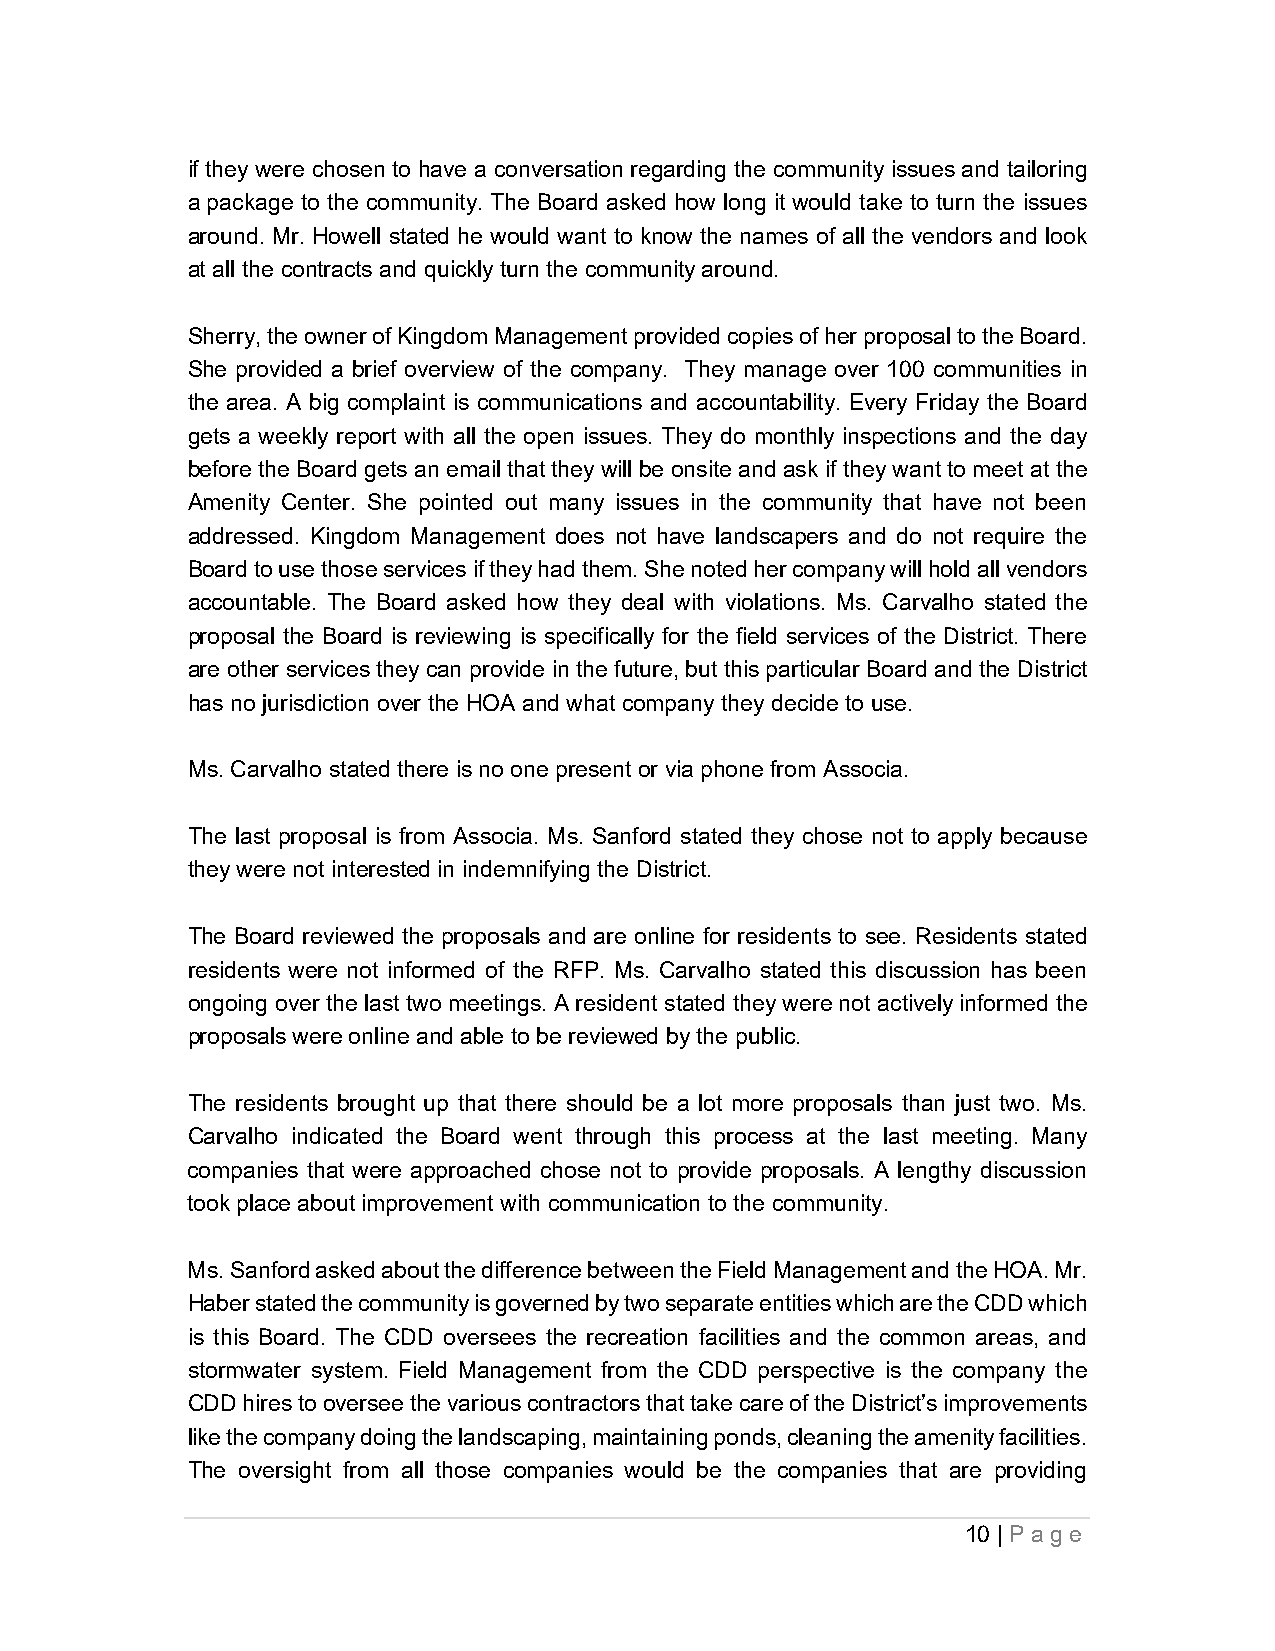
if they were chosen to have a conversation regarding the community issues and tailoring
 a package to the community. The Board asked how long it would take to turn the issues
 around. Mr. Howell stated he would want to know the names of all the vendors and look
 at all the contracts and quickly turn the community around.
 Sherry, the owner of Kingdom Management provided copies of her proposal to the Board.
 She provided a brief overview of the company. They manage over 100 communities in
 the area. A big complaint is communications and accountability. Every Friday the Board
 gets a weekly report with all the open issues. They do monthly inspections and the day
 before the Board gets an email that they will be onsite and ask if they want to meet at the
 Amenity Center. She pointed out many issues in the community that have not been
 addressed. Kingdom Management does not have landscapers and do not require the
 Board to use those services if they had them. She noted her company will hold all vendors
 accountable. The Board asked how they deal with violations. Ms. Carvalho stated the
 proposal the Board is reviewing is specifically for the field services of the District. There
 are other services they can provide in the future, but this particular Board and the District
 has no jurisdiction over the HOA and what company they decide to use.
 Ms. Carvalho stated there is no one present or via phone from Associa.
 The last proposal is from Associa. Ms. Sanford stated they chose not to apply because
 they were not interested in indemnifying the District.
 The Board reviewed the proposals and are online for residents to see. Residents stated
 residents were not informed of the RFP. Ms. Carvalho stated this discussion has been
 ongoing over the last two meetings. A resident stated they were not actively informed the
 proposals were online and able to be reviewed by the public.
 The residents brought up that there should be a lot more proposals than just two. Ms.
 Carvalho indicated the Board went through this process at the last meeting. Many
 companies that were approached chose not to provide proposals. A lengthy discussion
 took place about improvement with communication to the community.
 Ms. Sanford asked about the difference between the Field Management and the HOA. Mr.
 Haber stated the community is governed by two separate entities which are the CDD which
 is this Board. The CDD oversees the recreation facilities and the common areas, and
 stormwater system. Field Management from the CDD perspective is the company the
 CDD hires to oversee the various contractors that take care of the District’s improvements
 like the company doing the landscaping, maintaining ponds, cleaning the amenity facilities.
 The oversight from all those companies would be the companies that are providing
 10 | Pa ge